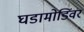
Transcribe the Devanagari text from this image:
घडामोडिंवर